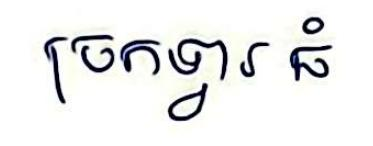
ច្រកទ្វារ ធំ